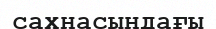
сахнасындағы